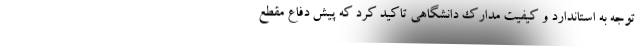
توجه به استاندارد و کیفیت مدارک دانشگاهی تاکید کرد که پیش دفاع مقطع